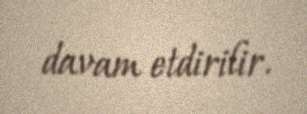
davam etdirilir.